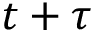
t + \tau